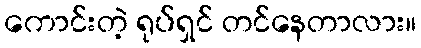
ကောင်းတဲ့ ရုပ်ရှင် တင်နေတာလား။